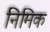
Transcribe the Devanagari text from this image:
निमिक